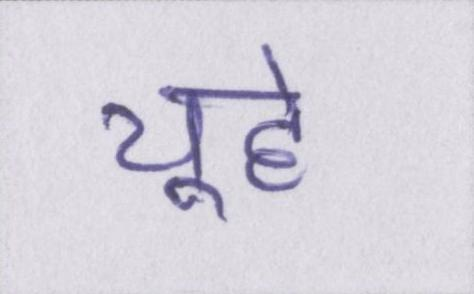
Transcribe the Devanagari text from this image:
चूहे